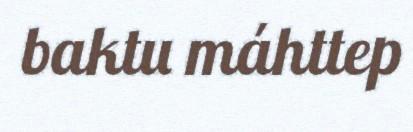
baktu máhttep